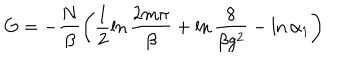
G = - \frac { N } { \beta } \left( \frac { 1 } { 2 } \ln \frac { 2 m \pi } { \beta } + \ln \frac { 8 } { \beta g ^ { 2 } } - \ln \alpha _ { 1 } \right)